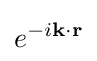
e^{-i\mathbf {k} \cdot \mathbf {r} }